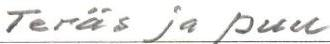
Teräs ja puu